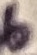
Text: b